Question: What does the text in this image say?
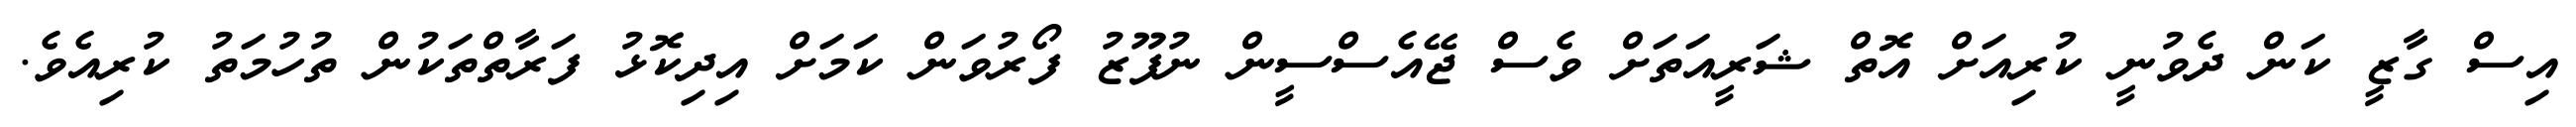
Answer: އިސް ގާޒީ ކަން ދެވުނީ ކުރިއަށް އޮތް ޝަރީއަތަށް ވެސް ޖޭއެސްސީން ނުފޫޒު ފޯރުވަން ކަމަށް އިދިކޮޅު ފަރާތްތަކުން ތުހުމަތު ކުރިއެވެ.